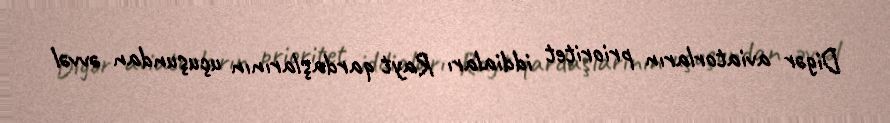
Digər aviatorların prioritet iddiaları Rayt qardaşlarının uçuşundan əvvəl